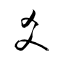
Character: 爻